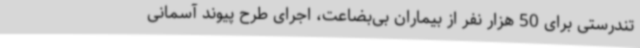
تندرستی برای 50 هزار نفر از بیماران بی‌بضاعت، اجرای طرح پیوند آسمانی